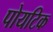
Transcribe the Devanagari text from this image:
पोयटिक